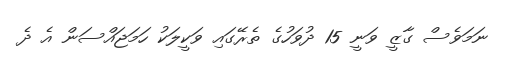
ނަމަވެސް ގާޒީ ވަނީ 15 ދުވަހުގެ ތެރޭގައި ވަކީލަކު ހަމަޖައްސަން އެ ދެ